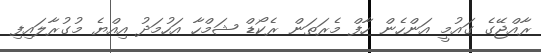
ރާއްޖޭގެ ގައުމީ އަންހެން ހާފް މެރަތަން ރެކޯޑް ޝަމްހާ އަހުމަދު އިއްޔެ މުގުރާލައިފި